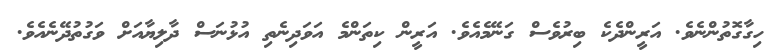
ހިގާގޮތުންނެވެ. އަރީންދެކެ ބިރުވެސް ގަނޭމެއެވެ. އަރީން ކިތަންމެ އަވަދިނެތި އުޅުނަސް ދާލިޔާއަށް ވަގުތުދޭނެއެވެ.